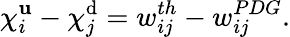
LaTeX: \chi_{i}^{\mathbf{u}}-\chi_{j}^{\mathrm{d}}=w_{ij}^{th}-w_{ij}^{PDG}.